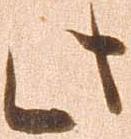
此